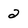
Character: 2